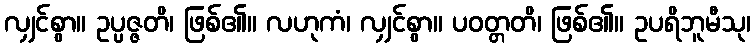
လျှင်စွာ။ ဥပ္ပဇ္ဇတိ၊ ဖြစ်၏။ လဟုကံ၊ လျှင်စွာ။ ပဝတ္တတိ၊ ဖြစ်၏။ ဥပရိဘူမီသု၊